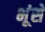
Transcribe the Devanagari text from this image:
भूंसे